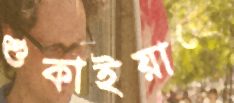
শুকাইয়াছে